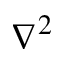
\nabla ^ { 2 }